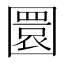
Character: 圜